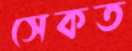
সেকত